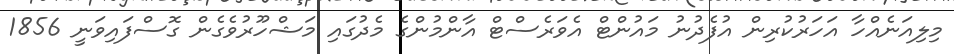
މިލިއަނެއްހާ އަހަރުކުރިން އުފެދުނު މައުންޓް އެވަރެސްޓް އާންމުންގެ މެދުގައި މަޝްހޫރުވެގެން ގޮސްފައިވަނީ 1856